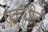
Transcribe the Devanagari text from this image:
एकधोटी